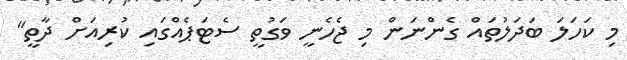
މި ކަހަލަ ބަދަލުތައް ގެންނަން މި ޖެހެނީ ވަގުތީ ސެޓަޕެއްގައި ކުރިއަށް ދާތީ"